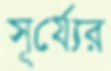
সূর্য্যের